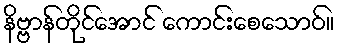
နိဗ္ဗာန်တိုင်အောင် ကောင်းစေသောဝ်။